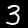
Label: 3